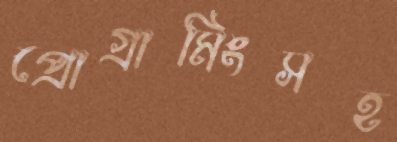
প্রোগ্রামিংসহ